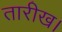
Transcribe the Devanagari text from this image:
तारीख।